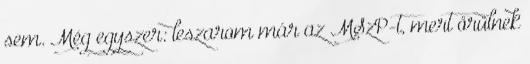
sem. Még egyszer: leszarom már az MSzP-t, mert örülnek